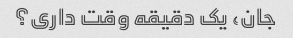
جان، یک دقیقه وقت داری؟